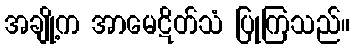
အချို့က အာမေဋိတ်သံ ပြုကြသည်။